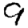
Digit: 9